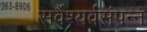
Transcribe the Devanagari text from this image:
सर्वैश्यर्वसंपन्न